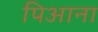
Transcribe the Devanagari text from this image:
पिआना